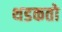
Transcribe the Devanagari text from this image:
थडकतो